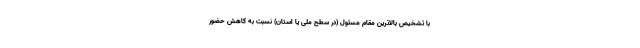
با تشخیص بالاترین مقام مسئول (در سطح ملی یا استان) نسبت به کاهش حضور